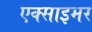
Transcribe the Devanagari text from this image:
एक्‍साइमर